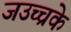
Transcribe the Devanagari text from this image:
जउच्चके